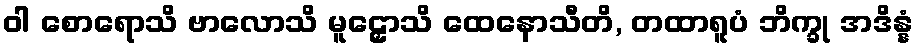
ဝါ စောရောသိ ဗာလောသိ မူဠှောသိ ထေနောသီတိ, တထာရူပံ ဘိက္ခု အဒိန္နံ